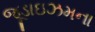
જૂડાઇઝમના